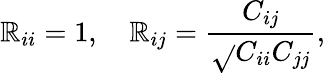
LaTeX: \mathbb{R}_{ii}=1,\quad\mathbb{R}_{ij}=\frac{{C_{ij}}}{{\sqrt{}{{C_{ii}C_{jj}}}}},